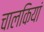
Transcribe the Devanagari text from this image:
चालकियां